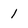
Character: l